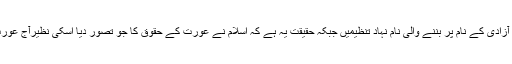
اب چاہے وہ میڈیا پر بیٹھ کر اس سوچ کو ہوا دے رہے ہوں یا عورت کی آزادی کے نام پر بننے والی نام نہاد تنظیمیں جبکہ حقیقت یہ ہے کہ اسلام نے عورت کے حقوق کا جو تصور دیا اسکی نظیرآج عورت کے حقوق کے علمبردار مغرب کی تاریخ میں دور دور تک نہیں ملتی۔